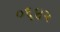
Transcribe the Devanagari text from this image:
०६४२